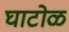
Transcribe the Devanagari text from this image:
घाटोळ